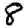
Digit: 8